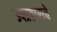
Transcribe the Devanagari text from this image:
उपप्रकाराचे